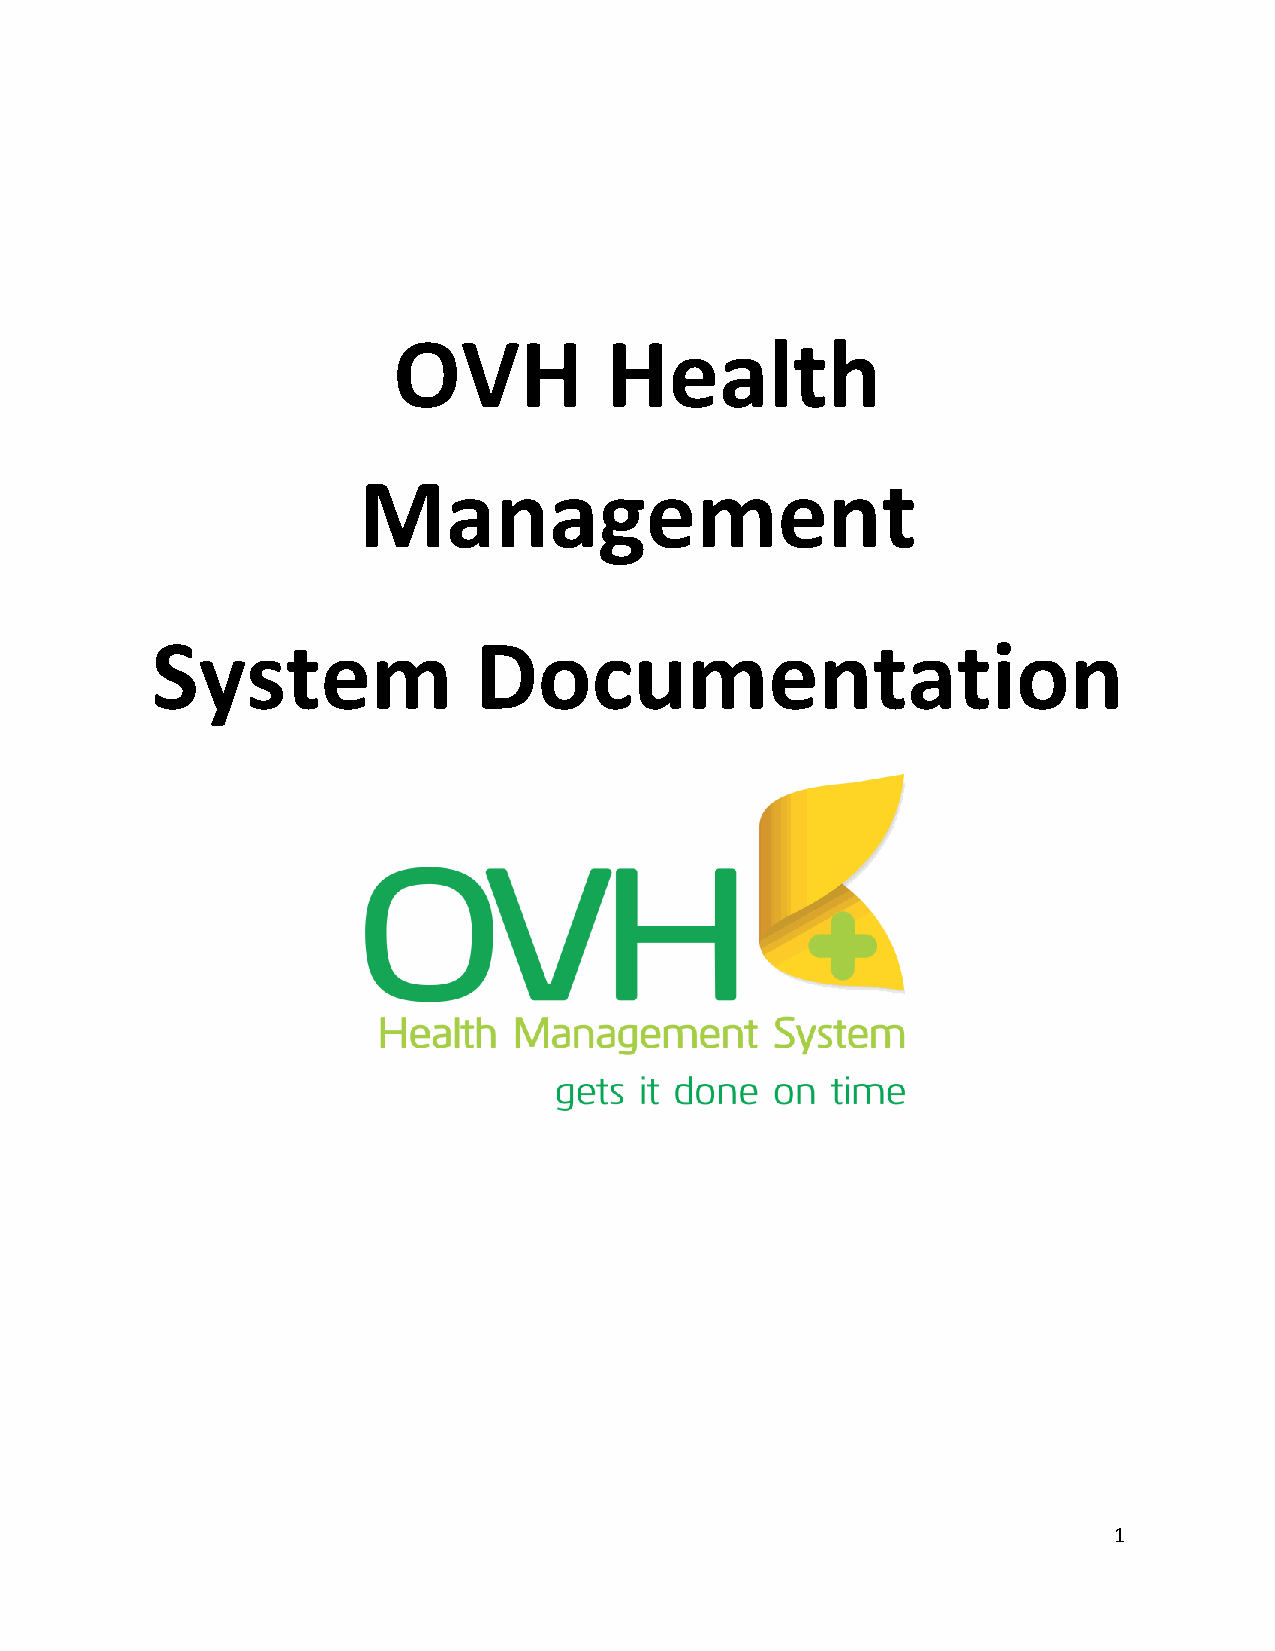
OVH           Health
 Management
 System               Documentation
 1